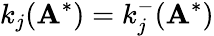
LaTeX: k_{j}(\mathbf{A}^{*})=k_{j}^{-}(\mathbf{A}^{*})